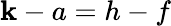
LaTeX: \mathbf{k}-a=h-f